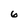
Character: 6